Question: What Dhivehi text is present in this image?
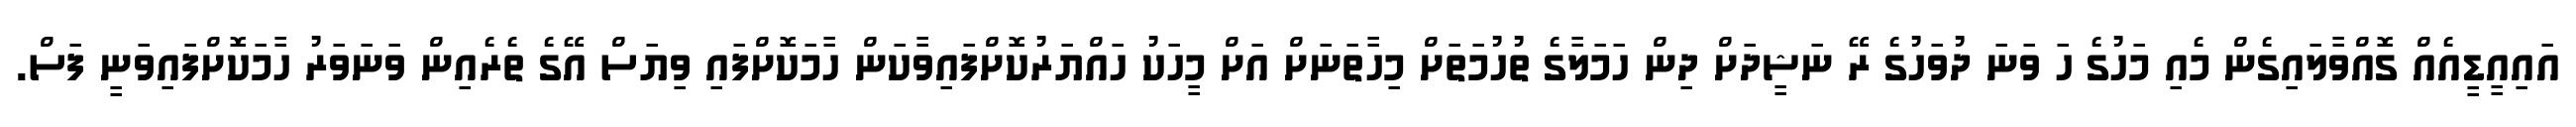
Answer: އައިއީޑީއެއް ގޮއްވާލައިގެން މެއި މަހުގެ ހަ ވަނަ ދުވަހުގެ ރޭ ނަޝީދަށް ދިން ހަމަލާގެ ތުހުމަތަށް މިހާތަނަށް އަށް މީހަކު ހައްޔަރުކޮށްފައިވާކަން ހާމަކޮށްފައި ވިޔަސް އޭގެ ތެރެއިން ވަނަވަރު ހާމަކޮށްފައިވަނީ ފަސް.